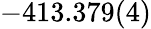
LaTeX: -413.379(4)